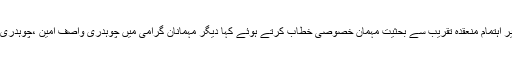
ان خیالات کا اظہار اْنہوں نے پہلا آزاد کشمیر شہدان کشمیر فلڈ لائٹ والی بال ٹورنامنٹ (وادی ترپہ)کے زیر اہتمام منعقدہ تقریب سے بحثیت مہمان خصوصی خطاب کرتے ہوئے کہا دیگر مہمانان گرامی میں چوہدری واصف امین ،چوہدری اصغر علی ،چوہدری فیصل لعل ،وسیم لیاقت جبکہ چوہدری ارشد اور سکو رر قاری گلزار بھی شامل تھے۔